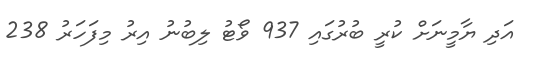
އަދި ޔާމީނަށް ކުރީ ބުރުގައި 937 ވޯޓު ލިބުނު އިރު މިފަހަރު 238